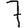
Digit: 7